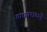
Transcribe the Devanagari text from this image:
माधवरावानें